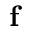
\mathbf { f }